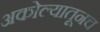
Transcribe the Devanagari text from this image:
अकोल्यातूनच